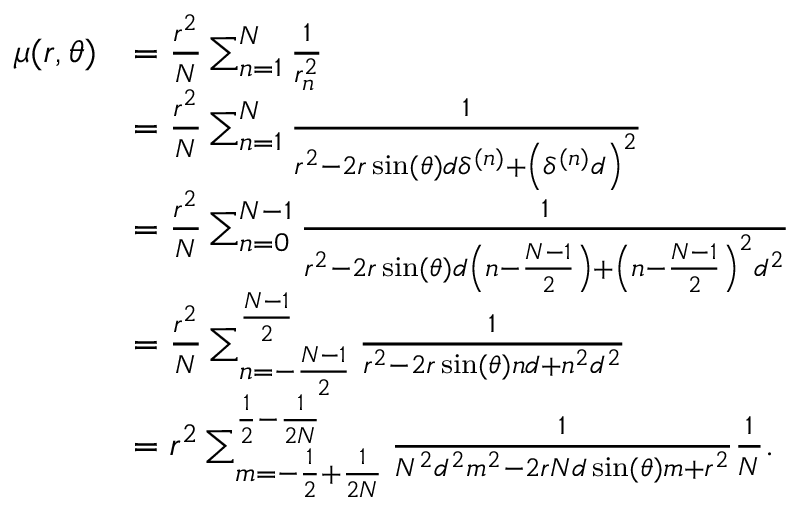
\begin{array} { r l } { \mu ( r , \theta ) } & { = \frac { r ^ { 2 } } { N } \sum _ { n = 1 } ^ { N } \frac { 1 } { r _ { n } ^ { 2 } } } \\ & { = \frac { r ^ { 2 } } { N } \sum _ { n = 1 } ^ { N } \frac { 1 } { r ^ { 2 } - 2 r \sin ( \theta ) d \delta ^ { ( n ) } + \left( \delta ^ { ( n ) } d \right) ^ { 2 } } } \\ & { = \frac { r ^ { 2 } } { N } \sum _ { n = 0 } ^ { N - 1 } \frac { 1 } { r ^ { 2 } - 2 r \sin ( \theta ) d \left( n - \frac { N - 1 } { 2 } \right) + \left( n - \frac { N - 1 } { 2 } \right) ^ { 2 } d ^ { 2 } } } \\ & { = \frac { r ^ { 2 } } { N } \sum _ { n = - \frac { N - 1 } { 2 } } ^ { \frac { N - 1 } { 2 } } \frac { 1 } { r ^ { 2 } - 2 r \sin ( \theta ) n d + n ^ { 2 } d ^ { 2 } } } \\ & { = r ^ { 2 } \sum _ { m = - \frac { 1 } { 2 } + \frac { 1 } { 2 N } } ^ { \frac { 1 } { 2 } - \frac { 1 } { 2 N } } \frac { 1 } { N ^ { 2 } d ^ { 2 } m ^ { 2 } - 2 r N d \sin ( \theta ) m + r ^ { 2 } } \frac { 1 } { N } . } \end{array}